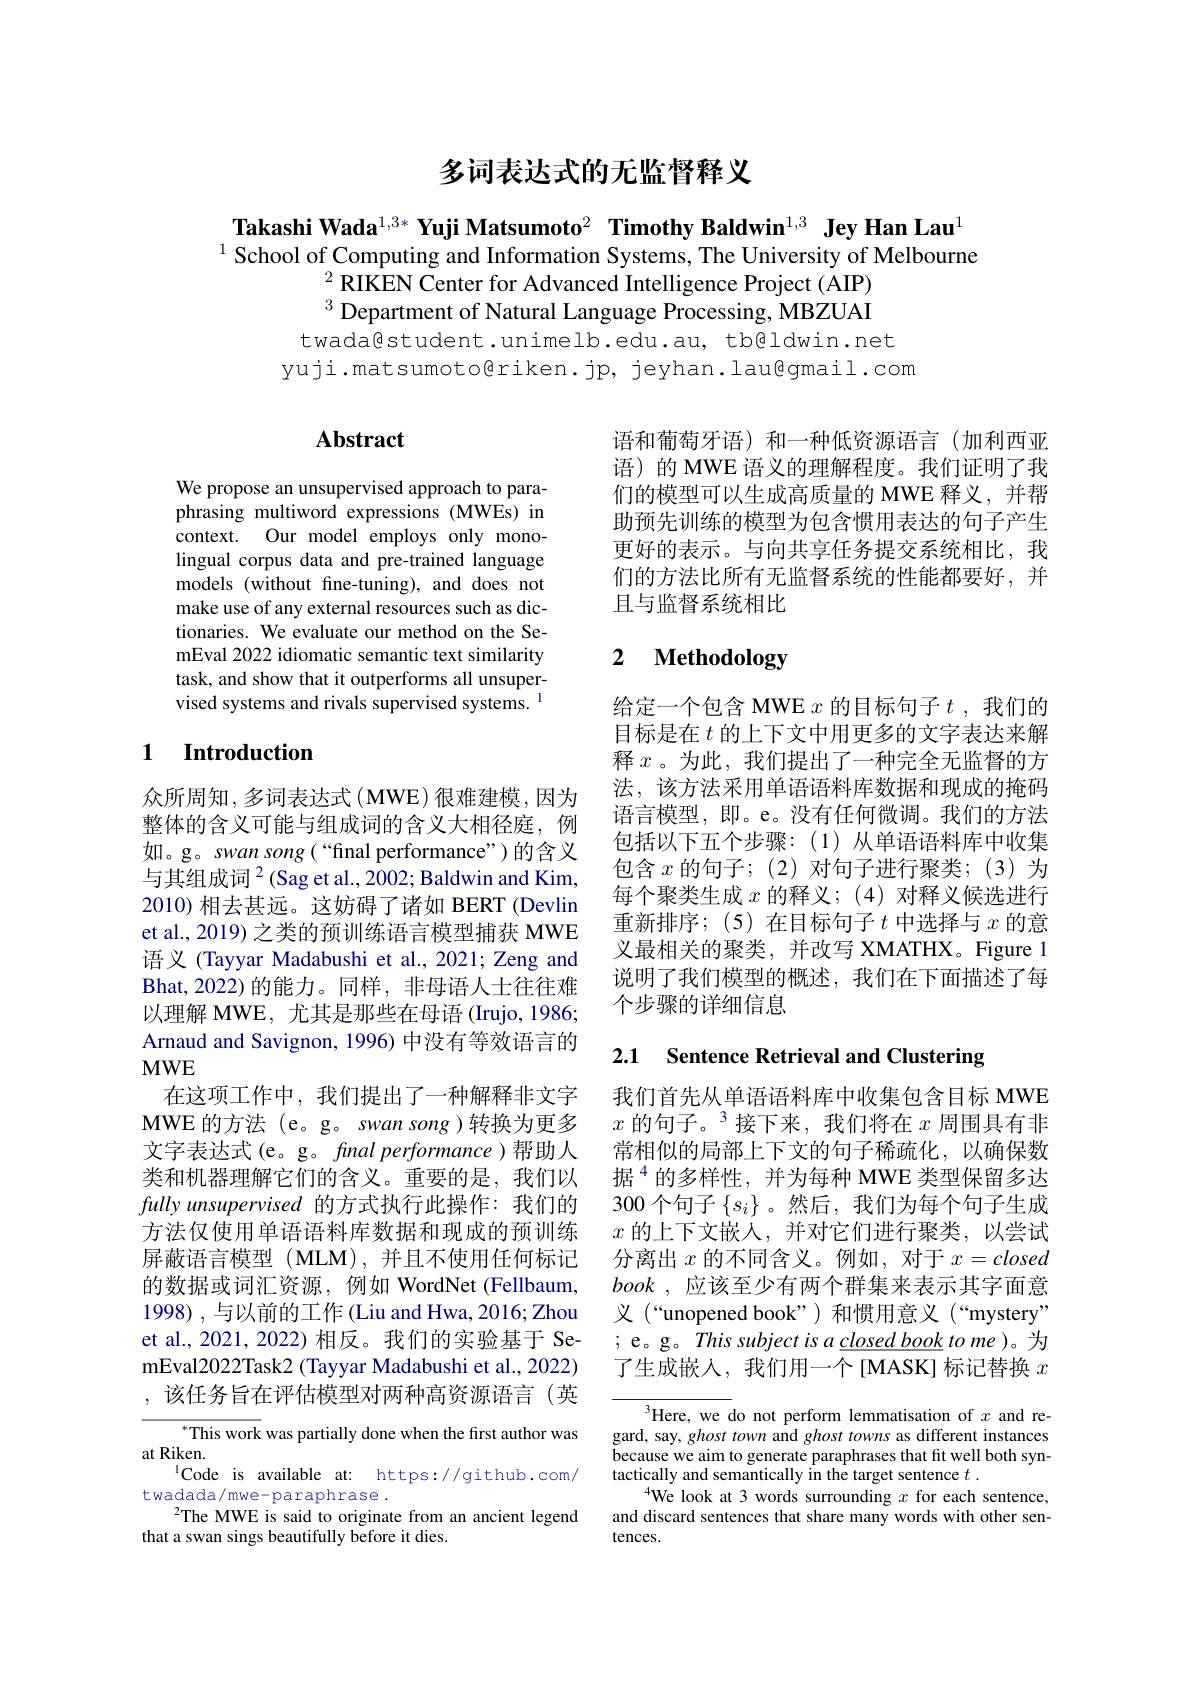
多词表达式的无监督释义

Takashi Wada$^{1,3*}\textbf{Yuji Matsumoto}^2\textbf{ Timothy Baldwin}^{1,3}\textbf{ Jey Han Lau}^{1}$
$^{1}$School of Computing and Information Systems, The University of Melbourne
$^2\bar{\text{RIKEN Center for Advanced Intelligence Project (AIP)}}$ $^{3}$ Department of Natural Language Processing, MBZUAI
twada@student.unimelb.edu.au, tb@ldwin.net
yuji.matsumoto@riken.jp, jeyhan.lau@gmail.com

# Abstract

We propose an unsupervised approach to paraphrasing multiword expressions (MWEs) in context. Our model employs only monolingual corpus data and pre-trained language models (without fine-tuning), and does not make use of any external resources such as dictionaries. We evaluate our method on the SemEval 2022 idiomatic semantic text similarity task, and show that it outperforms all unsupervised systems and rivals supervised systems. $^{\mathrm{l}}$

## 1 $\textbf{Introduction}$

众所周知，多词表达式(MWE)很难建模，因为整体的含义可能与组成词的含义大相径庭，例如。g。swan song(“final performance”)的含义与其组成词$^2($Sag et al., 2002; Baldwin and Kim, 2010) 相去甚远。这妨碍了诸如 BERT (Devlin et al., 2019) 之类的预训练语言模型捕获 MWE 语义 (Tayyar Madabushi et al., 2021; Zeng and Bhat,2022)的能力。同样，非母语人士往往难以理解 MWE, 尤其是那些在母语 (Irujo, 1986; Arnaud and Savignon, 1996) 中没有等效语言的MWE
在这项工作中，我们提出了一种解释非文字MWE 的方法 (e。g。swan song )转换为更多文字表达式(e。g。fnal performance )帮助人类和机器理解它们的含义。重要的是，我们以fully unsupervised 的方式执行此操作：我们的方法仅使用单语语料库数据和现成的预训练屏蔽语言模型 (MLM),并且不使用任何标记的数据或词汇资源，例如 WordNet (Fellbaum, 1998),与以前的工作(Liu and Hwa, 2016; Zhou et al., 2021, 2022) 相反。我们的实验基于 SemEval2022Task2 (Tayyar Madabushi et al., 2022) ,该任务旨在评估模型对两种高资源语言(英

This work was partially done when the first author was
at Riken.
$^{1}$Code is available at: https://github.com/
twadada/mwe-paraphrase.
$^{2}$The MWE is said to originate from an ancient legend
that a swan sings beautifully before it dies.

语和葡萄牙语)和一种低资源语言(加利西亚语)的 MWE 语义的理解程度。我们证明了我们的模型可以生成高质量的 MWE 释义，并帮助预先训练的模型为包含惯用表达的句子产生更好的表示。与向共享任务提交系统相比，我们的方法比所有无监督系统的性能都要好，并且与监督系统相比

# 2 Methodology

给定一个包含 MWE $x$的目标句子$t$ ,我们的目标是在$t$的上下文中用更多的文字表达来解释$x$。为此，我们提出了一种完全无监督的方法，该方法采用单语语料库数据和现成的掩码语言模型，即。e。没有任何微调。我们的方法包括以下五个步骤：(1)从单语语料库中收集包含$x$的句子；(2)对句子进行聚类；(3)为每个聚类生成$x$的释义；(4)对释义候选进行重新排序；(5)在目标句子$t$中选择与$x$的意义最相关的聚类，并改写 XMATHX。Figure 1说明了我们模型的概述，我们在下面描述了每个步骤的详细信息

2.1 Sentence Retrieval and Clustering

我们首先从单语语料库中收集包含目标 MWE $x\text{ 的句子。}^3$接下来，我们将在 $x$ 周围具有非常相似的局部上下文的句子稀疏化，以确保数据$^{4}$的多样性，并为每种 MWE 类型保留多达300 个句子$\{s_i\}$ 。然后，我们为每个句子生成$x$的上下文嵌人，并对它们进行聚类，以尝试分离出$x$的不同含义。例如 ,对于$x=closed$ book , 应该至少有两个群集来表示其字面意义 (“unopened book”)和惯用意义(“mystery” ; e。g。This subject is a closed book to me )。为了生成嵌入，我们用一个[MASK] 标记替换$x$

$^{3}$Here, we do not perform lemmatisation of $x$ and regard, say, ghost town and ghost towns as different instances because we aim to generate paraphrases that fit well both syntactically and semantically in the target sentence $t.$
$^{4}$We look at 3 words surrounding $x$ for each sentence, and discard sentences that share many words with other sentences.